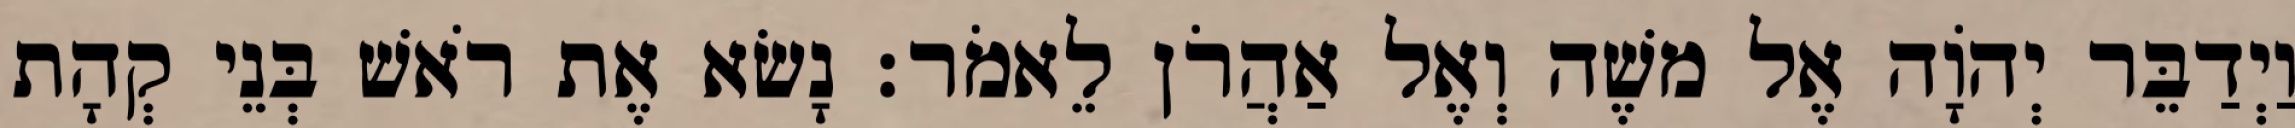
וַיְדַבֵּר יְהֹוָה אֶל משֶׁה וְאֶל אַהֲרֹן לֵאמֹר׃ נָשׂא אֶת רֹאשׁ בְּנֵי קְהָת